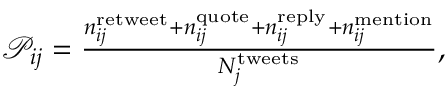
\begin{array} { r } { \mathcal { P } _ { i j } = \frac { n _ { i j } ^ { \mathrm { r e t w e e t } } + n _ { i j } ^ { \mathrm { q u o t e } } + n _ { i j } ^ { \mathrm { r e p l y } } + n _ { i j } ^ { \mathrm { m e n t i o n } } } { N _ { j } ^ { \mathrm { t w e e t s } } } , } \end{array}